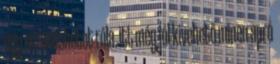
egy screenshotot róla, itt még jól kivehető minen apró